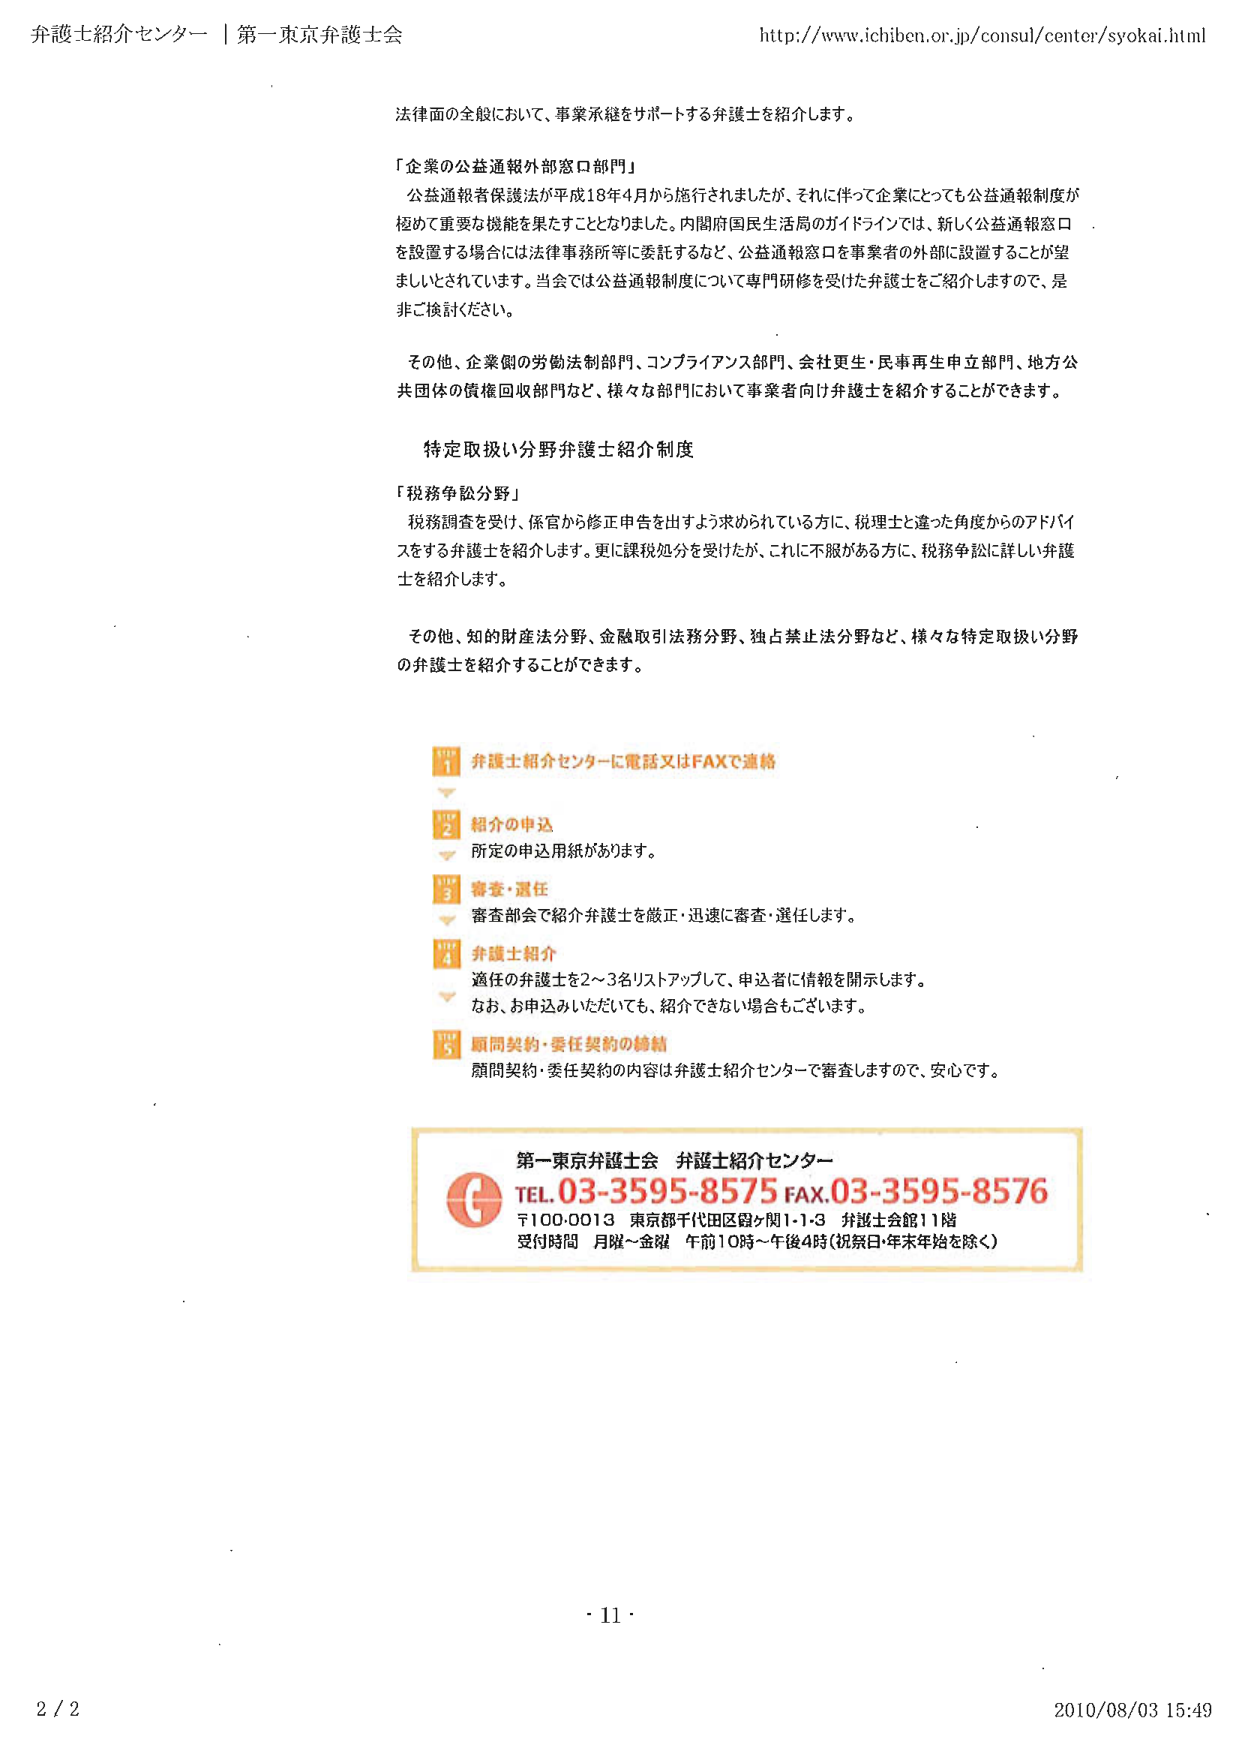
弁護士紹介センター｜第一東京弁護士会
http://www.ichiben.or.jp/consul/center/syokai.html

法律面の全般において、事業承継をサポートする弁護士を紹介します。

「企業の公益通報外部窓口部門」
公益通報者保護法が平成18年4月から施行されましたが、それに伴って企業にとっても公益通報制度が極めて重要な機能を果たすこととなりました。内閣府国民生活局のガイドラインでは、新しく公益通報窓口を設置する場合には法律事務所等に委託するなど、公益通報窓口を事業者の外部に設置することが望ましいとされています。当会では公益通報制度について専門研修を受けた弁護士をご紹介しますので、是非ご検討ください。

その他、企業側の労働法制部門、コンプライアンス部門、会社更生・民事再生申立部門、地方公共団体の債権回収部門など、様々な部門において事業者向け弁護士を紹介することができます。

特定取扱い分野弁護士紹介制度

「税務争訟分野」
税務調査を受け、保官から修正申告を出すよう求められている方に、税理士と違った角度からのアドバイスをする弁護士を紹介します。更に課税処分を受けたが、これに不服がある方に、税務争訟に詳しい弁護士を紹介します。

その他、知的財産法分野、金融取引法務分野、独占禁止法分野など、様々な特定取扱い分野の弁護士を紹介することができます。

■1 弁護士紹介センターに電話又はFAXで連絡
▼

■2 紹介の申込
所定の申込用紙があります。
▼

■3 審査・選任
審査部会で紹介弁護士を厳正・迅速に審査・選任します。
▼

■4 弁護士紹介
適任の弁護士を2～3名リストアップして、申込者に情報を開示します。
なお、お申込みいただいても、紹介できない場合もございます。
▼

■5 顧問契約・委任契約の締結
顧問契約・委任契約の内容は弁護士紹介センターで審査しますので、安心です。

第一東京弁護士会 弁護士紹介センター
TEL.03-3595-8575 FAX.03-3595-8576
〒100-0013 東京都千代田区霞ヶ関1-1-3 弁護士会館11階
受付時間 月曜～金曜 午前10時～午後4時（祝祭日・年末年始を除く）

・11・
2 / 2
2010/08/03 15:49